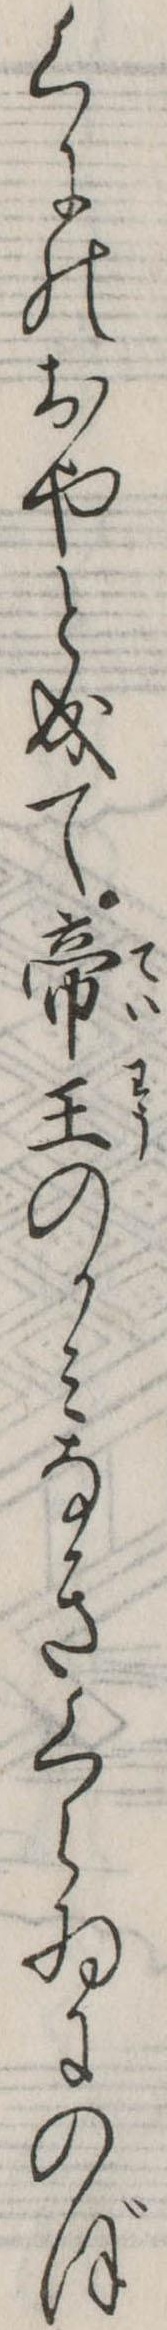
くにのおやと成て帝王のかみなきくらゐにのぼ